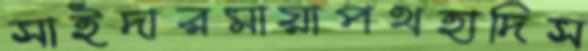
সাইদারমায়াপথহাদিস